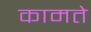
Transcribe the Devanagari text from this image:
कामते